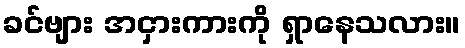
ခင်ဗျား အငှားကားကို ရှာနေသလား။